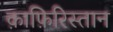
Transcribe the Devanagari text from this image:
क़ाफ़िरिस्तान